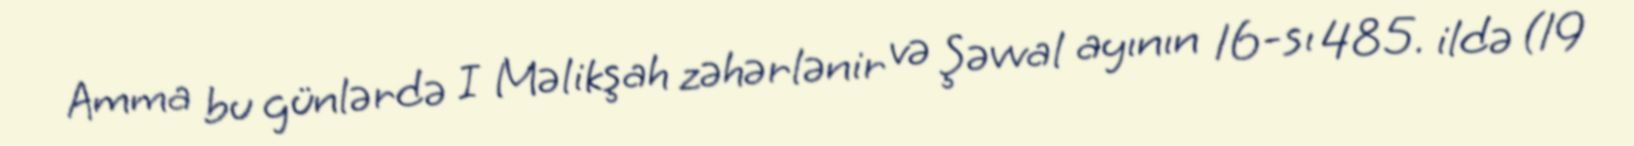
Amma bu günlərdə I Məlikşah zəhərlənir və Şəvval ayının 16-sı 485. ildə (19